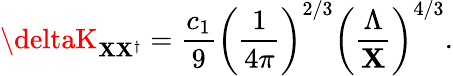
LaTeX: \deltaK_{\mathbf{X}\mathbf{X}^{\dagger}}={\frac{{c_{1}}}{{9}}}\left({\frac{{1}}{{4\pi}}}\right)^{2/3}\left({\frac{{\Lambda}}{{\mathbf{X}}}}\right)^{4/3}.